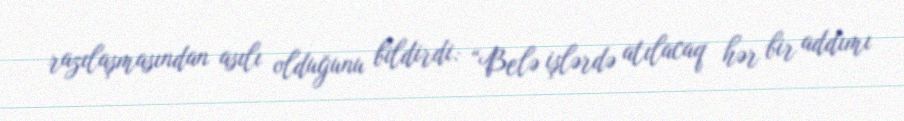
razılaşmasından asılı olduğunu bildirdi: “Belə işlərdə atılacaq hər bir addımı